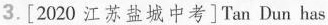
3.[2020 江苏盐城中考] Tan Dun has